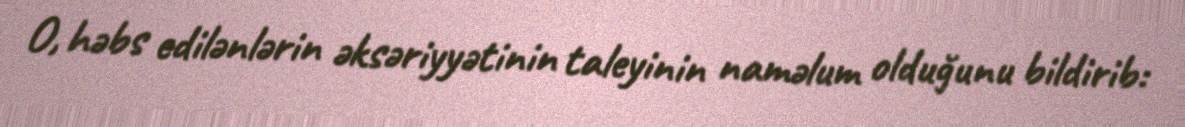
O, həbs edilənlərin əksəriyyətinin taleyinin naməlum olduğunu bildirib: